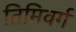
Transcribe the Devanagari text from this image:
तिमिवर्ग